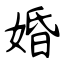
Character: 婚